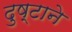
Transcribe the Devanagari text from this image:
दुष्टाने